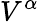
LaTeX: V^{\alpha}